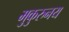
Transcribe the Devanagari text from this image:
मुकुरुनय